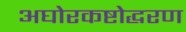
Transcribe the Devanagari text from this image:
अघोरकष्टोद्धरण